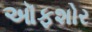
ઑફશોર